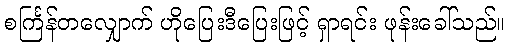
စင်္ကြန်တလျှောက် ဟိုပြေးဒီပြေးဖြင့် ရှာရင်း ဖုန်းခေါ်သည်။